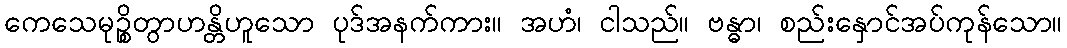
ကေသေမုဉ္စိတွာဟန္တိဟူသော ပုဒ်အနက်ကား။ အဟံ၊ ငါသည်။ ဗန္ဓာ၊ စည်းနှောင်အပ်ကုန်သော။